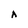
Character: A